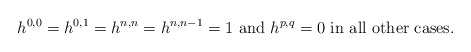
\begin{align*}h^{0,0}=h^{0,1}=h^{n,n}=h^{n,n-1}=1 \textrm{ and } h^{p,q}=0 \textrm{ in all other cases}.\end{align*}